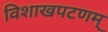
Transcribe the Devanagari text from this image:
विशाखपटणम्‌